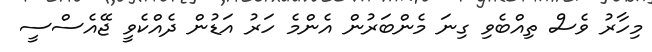
މިހާރު ވެސް ތިއްބެވި ގިނަ މެންބަރުން އެންމެ ހަރު އަޑުން ދެއްކެވީ ޖޭއެސްސީ